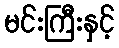
မင်းကြီးနှင့်